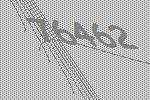
76462